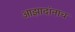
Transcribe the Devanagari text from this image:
आझादांनाच